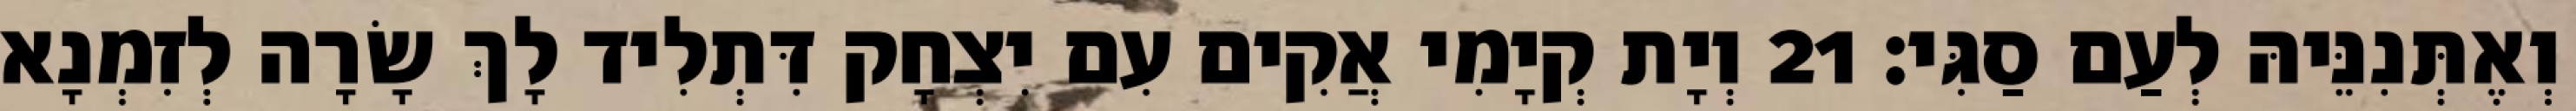
וְאֶתְּנִנֵּיהּ לְעַם סַגִּי׃ 21 וְיָת קְיָמִי אֲקִים עִם יִצְחָק דִּתְלִיד לָךְ שָׂרָה לְזִמְנָא